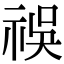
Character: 祦